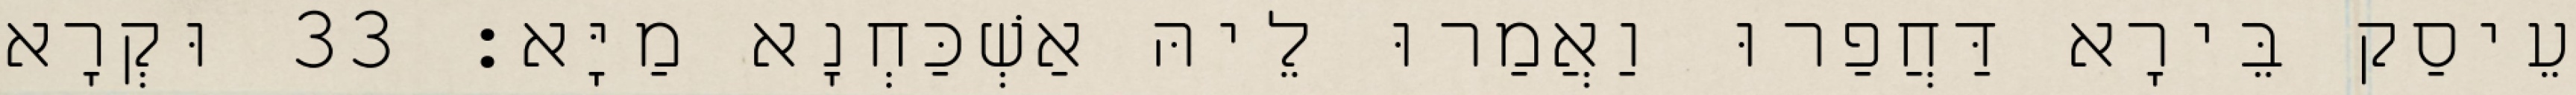
עֵיסַק בֵּירָא דַּחֲפַרוּ וַאֲמַרוּ לֵיהּ אַשְׁכַּחְנָא מַיָּא׃ 33 וּקְרָא